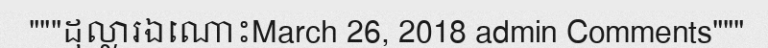
"""ដុល្លារឯណោះMarch 26, 2018 admin Comments"""